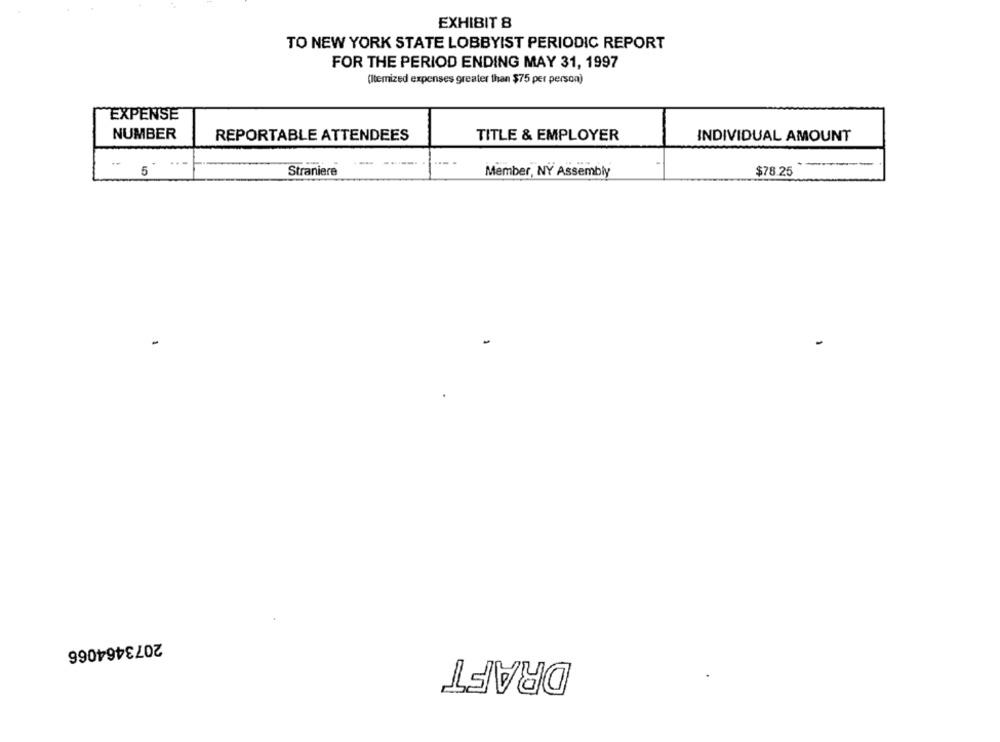
EXHIBIT 8
TO NEW YORK STATE LOBBYIST PERIODIC REPORT
FOR THE PERIOD ENDING MAY 31, 1997
(Itemized expenses greater than $75 per person)
EXPENSE
NUMBER
REPORTABLE ATTENDEES
TITLE & EMPLOYER
INDIVIDUAL AMOUNT
5
$78.25
Straniere
Member, NY Assembly
2073464066
DRAFT